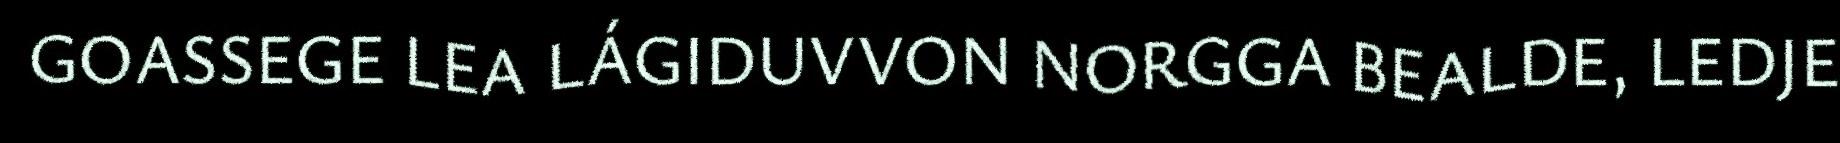
GOASSEGE LEA LÁGIDUVVON NORGGA BEALDE, LEDJE